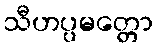
သီဟပ္ပမတ္တော